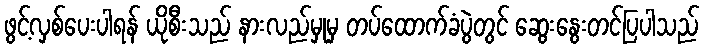
ဖွင့်လှစ်ပေးပါရန် ယိုစီးသည် နားလည်မှုမှ တပ်ထောက်ခံပွဲတွင် ဆွေးနွေးတင်ပြပါသည်